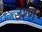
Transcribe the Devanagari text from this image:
उश्ण